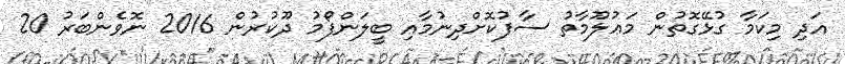
އަދި މިކަމާ ގުޅޭގޮތުން މަޢުލޫމާތު ސާފުކޮށްދިނުމާއި ބީލަންފޯމު ދޫކުރުން 2016 ނޮވެންބަރު 20